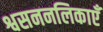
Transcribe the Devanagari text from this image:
श्वसननलिकाएँ